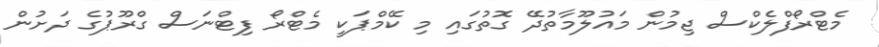
މެޓްރޯފްލެކްސް ޖިމުން މައުލޫމާތުދޭ ގޮތުގައި މި ކޭމްޕަކީ މެޓްރޯ ފިޓްނަސް ގްރޫޕުގެ ދަށުން